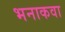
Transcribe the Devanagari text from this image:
भनाकवा